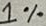
Text: 1%